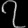
Digit: ၇